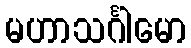
မဟာသင်္ဂါမော